Vaccination in Bombay 1889-1901 - 1889-1901
Year: 1889
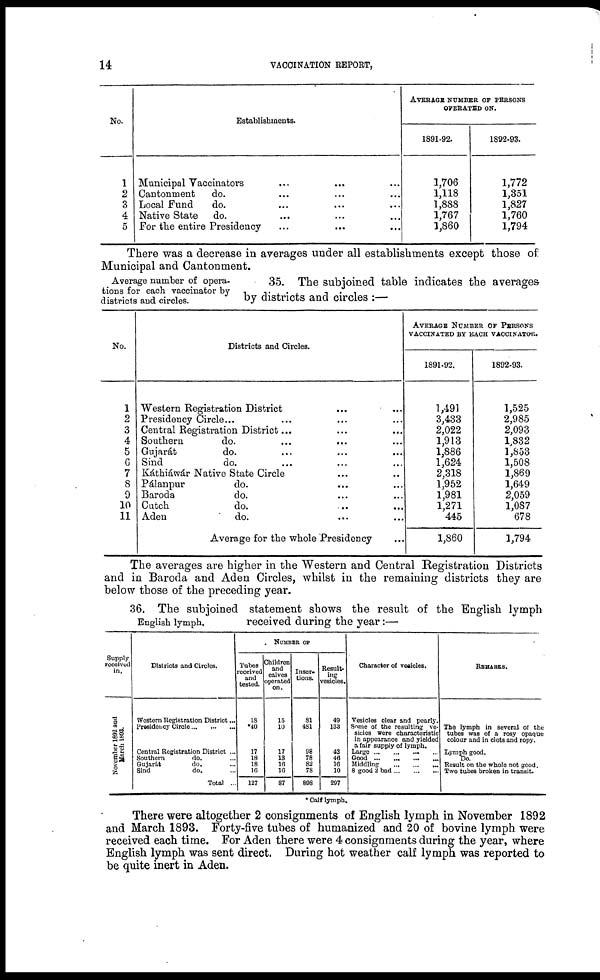
14
VACCINATION REPORT,
No.
1
2
3
4
5
Establishments.
Municipal Vaccinators ... ... ...
Cantonment
do. ... ... ...
Local Fund
do. ... ... ...
Native State
do. ... ... ...
For the entire Presidency ... ... ...
AVERAGE NUMBER OF PERSONS
OPERATED ON.
1891-92.
1,706
1,118
1,888
1,767
1,860
1892-93.
1,772
1,351
1,827
1,760
1,794
There was a decrease in averages under all establishments except those of
Municipal and Cantonment.
Average number of opera-
tions for each vaccinator by
districts and circles.
35. The subjoined table indicates the averages
by districts and circles :—
No.
1
2
3
4
5
6
7
8
9
10
11
Districts and Circles.
Western Registration District ... ...
Presidency Circle ... ...
Central Registration District ... ... ...
Southern
do. ... ... ...
Gujarát
do. ... ... ...
Sind
do. ... ... ...
Káthiáwár Native State Circle ... ...
Pálanpur
do. ... ... ...
Baroda
do. ... ... ...
Cutch
do. ... ... ...
Aden
do. ... ... ...
Average for the whole Presidency ...
AVERAGE NUMBER OF PERSONS
VACCINATED BY EACH VACCINATOR.
1891-92.
1,491
3,433
2,022
1,913
1,886
1,624
2,318
1,952
1,981
1,271
445
1,860
1892-93.
1,525
2,985
2,093
1,832
1,853
1,508
1,869
1,649
2,059
1,087
678
1,794
The averages are higher in the Western and Central Registration Districts
and in Baroda and Aden Circles, whilst in the remaining districts they are
below those of the preceding year.
English lymph.
36. The subjoined statement shows the result of the English lymph
received during the year:—
Supply
received
in.
November 1892 and March 1893
Districts and Circles.
Western Registration District ...
Presidency Circle ... ... ...
Central Registration District ...
Southern
do. ...
Gujarát
do. ...
Sind
do. ...
Total ...
NUMBER OF
Tubes
received
and
tested.
18
*40
17
18
18
16
127
Children
and
calves
operated
on.
15
10
17
13
16
16
87
Inser-
tions.
81
481
98
78
82
78
898
Result.
ing
vesicles.
49
133
43
46
16
10
297
Character of vesicles.
Vesicles clear and pearly.
Some of the resulting ve-
sicles were characteristic
in appearance and yielded
a fair supply of lymph.
Large
...
...
...
...
Good ... ... ... ...
Middling
... ... ...
8 good 2 bad ... ... ...
REMARKS.
The lymph in several of the
tubes was of a rosy opaque
colour and in clots and ropy.
Lymph good.
Do.
Result on the whole not good.
Two tubes broken in transit.
* Calf lymph.
There were altogether 2 consignments of English lymph in November 1892
and March 1893. Forty-five tubes of humanized and 20 of bovine lymph were
received each time. For Aden there were 4 consignments during the year, where
English lymph was sent direct. During hot weather calf lymph was reported to
be quite inert in Aden.